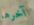
آخرها